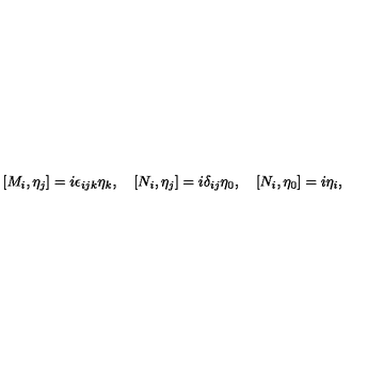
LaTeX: [ M _ { i } , \eta _ { j } ] = i \epsilon _ { i j k } \eta _ { k } , \quad [ N _ { i } , \eta _ { j } ] = i \delta _ { i j } \eta _ { 0 } , \quad [ N _ { i } , \eta _ { 0 } ] = i \eta _ { i } ,